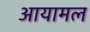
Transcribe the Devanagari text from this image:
आयामल